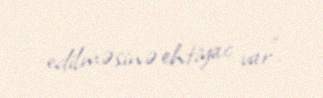
edilməsinə ehtiyac var”.